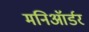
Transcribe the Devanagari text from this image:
मनिऑर्डर